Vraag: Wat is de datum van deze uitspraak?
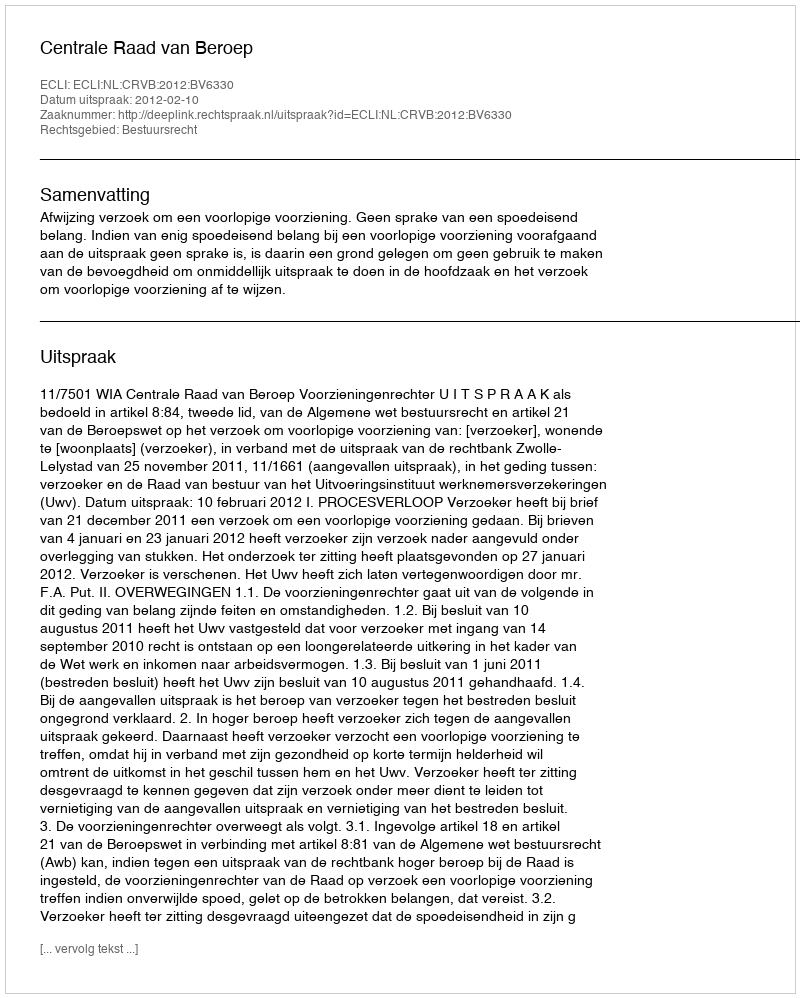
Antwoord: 2012-02-10